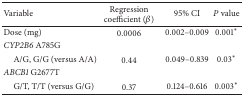
<table><thead><tr><td><b>Variable</b></td><td><b>Regression coefficient (<i>β</i>)</b></td><td><b>95% CI</b></td><td><b><i>P</i> value</b></td></tr></thead><tbody><tr><td>Dose (mg)</td><td>0.0006</td><td>0.002–0.009</td><td>0.001*</td></tr><tr><td><i>CYP2B6</i> A785G</td><td> </td><td> </td><td> </td></tr><tr><td> A/G, G/G (versus A/A)</td><td>0.44</td><td>0.049–0.839</td><td>0.03*</td></tr><tr><td><i>ABCB1</i> G2677T</td><td> </td><td> </td><td> </td></tr><tr><td> G/T, T/T (versus G/G)</td><td>0.37</td><td>0.124–0.616</td><td>0.003*</td></tr></tbody></table>